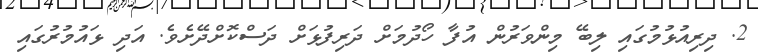
2. ދިރިއުޅުމުގައި ލިބޭ މިންވަރުން އުފާ ހޯދުމަށް ދަރިފުޅަށް ދަސްކޮށްދޭށެވެ. އަދި ޅައުމުރުގައި